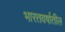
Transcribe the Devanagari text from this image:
भारतवर्षातील